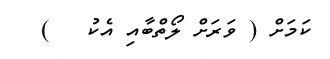
ކަމަށް ( ވަރަށް ލޯތްބާއި އެކު   )